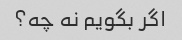
اگر بگویم نه چه؟